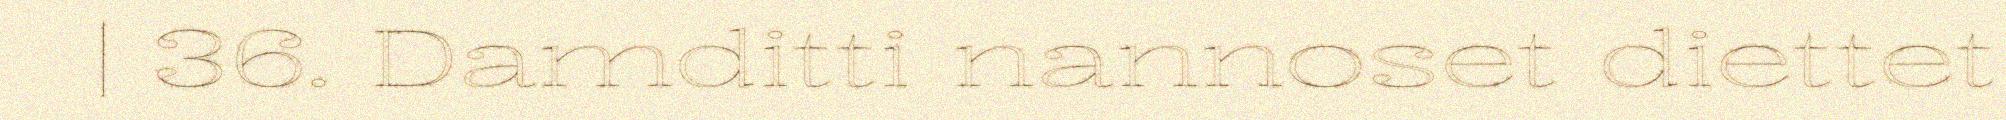
| 36. Damditti nannoset diettet